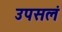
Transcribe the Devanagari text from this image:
उपसलं